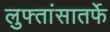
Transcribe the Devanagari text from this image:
लुफ्तांसातर्फे